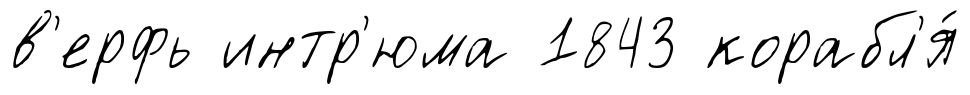
в'ерфь интр'юма 1843 корабл'я́